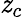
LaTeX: \mathit{z}_{c}